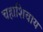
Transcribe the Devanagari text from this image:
चहाशिवाय